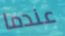
عندما